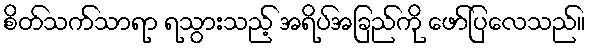
စိတ်သက်သာရာ ရသွားသည့် အရိပ်အခြည်ကို ဖော်ပြလေသည်။